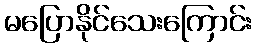
မပြောနိုင်သေးကြောင်း